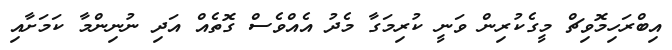
އިބްރަހިމޮވިޗް މީގެކުރިން ވަނީ ކުރިމަގާ މެދު އެއްވެސް ގޮތެއް އަދި ނުނިންމާ ކަމަށާއި